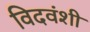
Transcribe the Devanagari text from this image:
विदवंशी